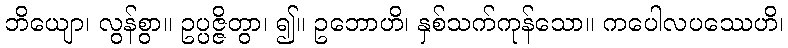
ဘိယျော၊ လွန်စွာ။ ဥပ္ပဇ္ဇိတွာ၊ ၍။ ဥဘောဟိ၊ နှစ်သက်ကုန်သော။ ကပေါလပဿေဟိ၊